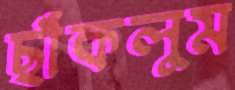
ছাঁকলুম